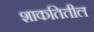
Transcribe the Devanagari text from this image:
शाकतितील